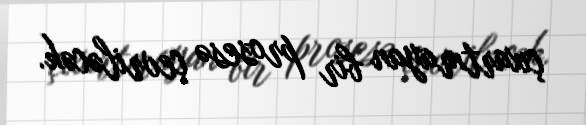
çıxartmayan bir prosesə çevriləcək.